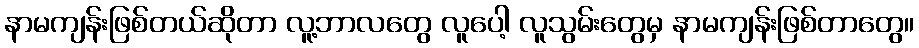
နာမကျန်းဖြစ်တယ်ဆိုတာ လူ့ဘာလတွေ လူပေါ့ လူသွမ်းတွေမှ နာမကျန်းဖြစ်တာတွေ။